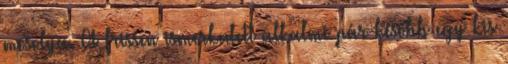
mosolya. A frissen ismerkedett alkalmi pár később egy kis